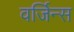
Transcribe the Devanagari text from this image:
वर्जिन्स